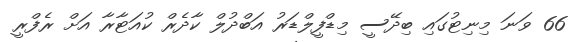
66 ވަނަ މިނިޓުގައި ބިދޭސީ މިޑްފީލްޑަރު އަބްދުލް ކާދެރް ކުއަޓާރާ އަށް ރެފްރީ